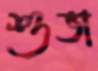
শুভা